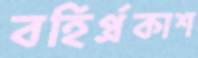
বহির্প্রকাশ